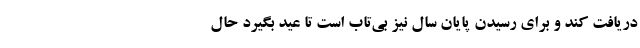
دریافت کند و برای رسیدن پایان سال نیز بی‌تاب است تا عید بگیرد حال